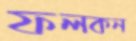
ফলকন